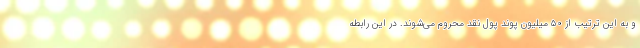
و به این ترتیب از ۵۰ میلیون پوند پول نقد محروم می‌شوند. در این رابطه